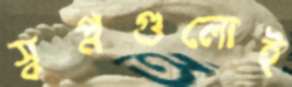
স্বপ্নগুলোই